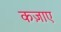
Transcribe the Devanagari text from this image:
कज़ाए